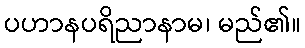
ပဟာနပရိညာနာမ၊ မည်၏။